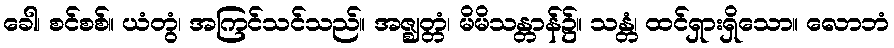
ခေါ၊ စင်စစ်။ ယံတွံ၊ အကြင်သင်သည်။ အဇ္ဈတ္တံ၊ မိမိသန္တာန်၌။ သန္တံ၊ ထင်ရှားရှိသော။ လောဘံ